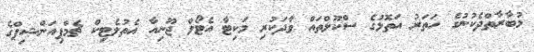
މުބާރާތްދެކުނުގެ ހަތަރު އަތޮޅުގެ ސްކޫލްތައް ވާދަކުރި މަކިޓާ އެޓޯލް ޖޫނިއާ އެތުލެޓިކް ޗެމްޕިއަންޝިޕްގެ